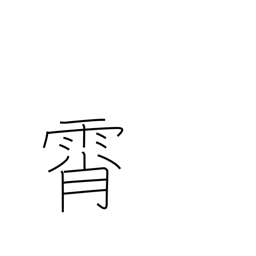
Meaning: sky